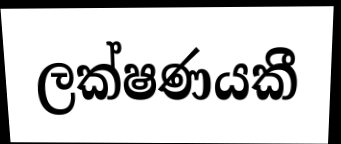
ලක්ෂණයකී